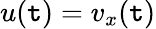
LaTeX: u(\mathtt{t})=v_{x}(\mathtt{t})